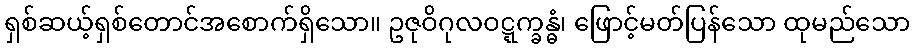
ရှစ်ဆယ့်ရှစ်တောင်အစောက်ရှိသော။ ဥဇုဝိဂုလဝဋ္ဋက္ခန္ဓံ၊ ဖြောင့်မတ်ပြန်သော ထုမည်သော